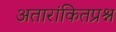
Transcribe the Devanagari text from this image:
अतारांकितप्रश्न